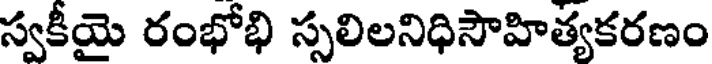
స్వకీయై రంభోభి స్సలిలనిధిసౌహిత్యకరణం